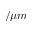
/ \mu m